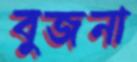
বুজনা